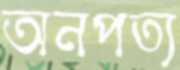
অনপত্য